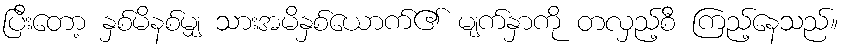
ပြီးတော့ နှစ်မိနစ်မျှ သားအမိနှစ်ယောက်၏ မျက်နှာကို တလှည့်စီ ကြည့်နေသည်။